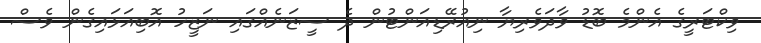
ވިކްޓަރީގެ އެންމެ ބޮޑު ވާދަވެރިޔާ ނިއުރޭޑިއަންޓުން ދެ ސީޒަނެއްގައި ނަޒީހު އޮބިއަޅައިގެން ވެސް